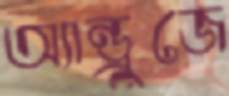
অ্যান্ড্রুজে